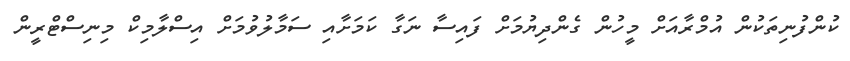
ކުންފުނިތަކުން އުމްރާއަށް މީހުން ގެންދިޔުމަށް ފައިސާ ނަގާ ކަމަށާއި ސަމާލުވުމަށް އިސްލާމިކް މިނިސްޓްރީން